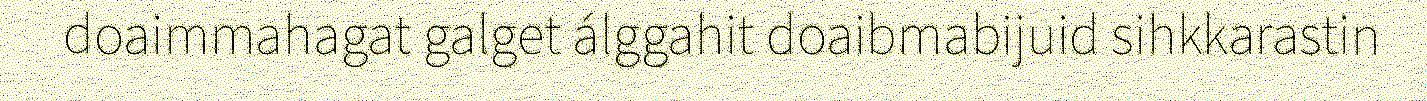
doaimmahagat galget álggahit doaibmabijuid sihkkarastin